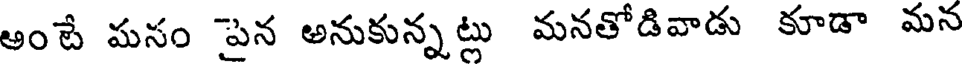
అంటే మనం పైన అనుకున్నట్లు మనతోడివాడు కూడా మన